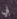
بي